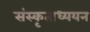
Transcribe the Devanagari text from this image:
संस्कृताध्ययन